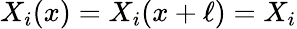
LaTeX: X_{i}(x)=X_{i}(x+\ell)=X_{i}